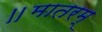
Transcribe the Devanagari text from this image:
॥मातरम्